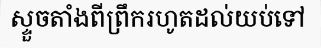
ស្ទួចតាំងពីព្រឹករហូតដល់យប់ទៅ